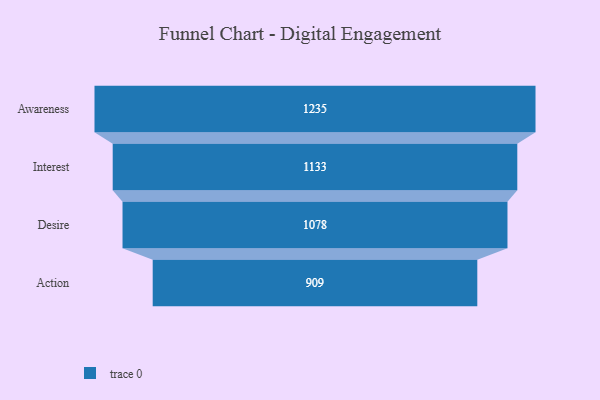
{"axis": {"x": "Stage", "y": "Value"}, "legend": [""], "data": [{"x": "Awareness", "y": 1235.0, "type": ""}, {"x": "Interest", "y": 1133.0, "type": ""}, {"x": "Desire", "y": 1078.0, "type": ""}, {"x": "Action", "y": 909.0, "type": ""}]}